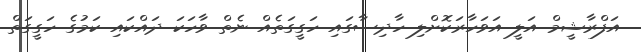
އަފްރާޝީމް އަލީ އަވަހާރަކޮށްލި ހާދިސާގައި ހަގީގަތެއް ނެތް ވާހަކަ ދައްކައި ކަމުގެ ހަގީގަތް